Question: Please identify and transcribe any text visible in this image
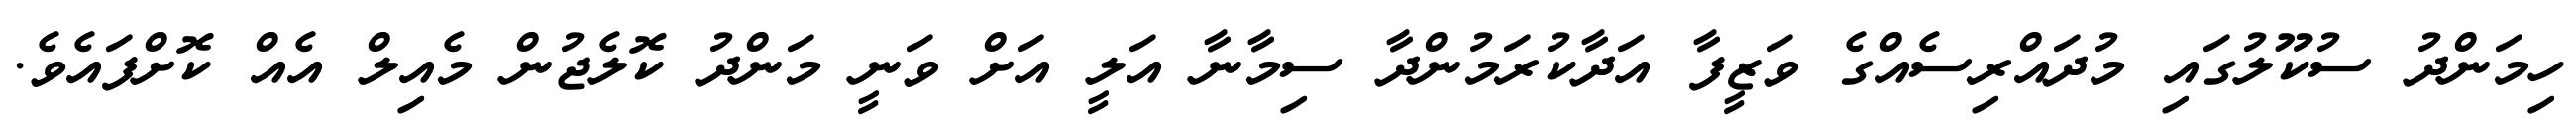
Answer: ހިމަންދު ސުކޫލުގައި މުދައްރިސެއްގެ ވަޒީފާ އަދާކުރަމުންދާ ސިމާނާ އަލީ އަށް ވަނީ މަންދު ކޮލެޖުން މެއިލް އެއް ކޮށްފައެވެ.